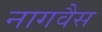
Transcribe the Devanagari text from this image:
नागवैस